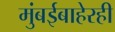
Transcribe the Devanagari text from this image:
मुंबईबाहेरही